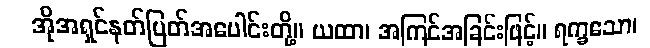
အိုအရှင်နတ်မြတ်အပေါင်းတို့။ ယထာ၊ အကြင်အခြင်းဖြင့်။ ရက္ခသော၊